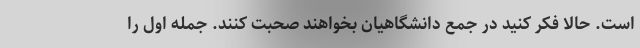
است. حالا فکر کنید در جمع دانشگاهیان بخواهند صحبت کنند. جمله اول را